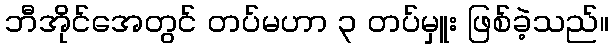
ဘီအိုင်အေတွင် တပ်မဟာ ၃ တပ်မှူး ဖြစ်ခဲ့သည်။